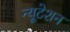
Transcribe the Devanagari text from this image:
न्यूटेशन